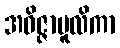
အဝိဇ္ဇာမူလိကာ